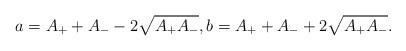
LaTeX: \begin{align*}a=A_{+}+A_{-}-2\sqrt{A_{+}A_{-}},b=A_{+}+A_{-}+2\sqrt{A_{+}A_{-}}.\end{align*}